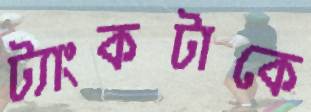
ট্যাংকটাকে